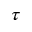
\tau